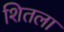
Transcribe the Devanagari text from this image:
शितला